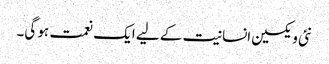
نئی ویکسین انسانیت کے لیے ایک نعمت ہو گی۔